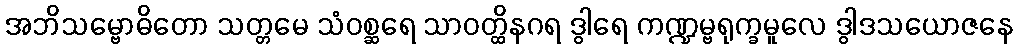
အဘိသမ္ဗောဓိတော သတ္တမေ သံဝစ္ဆရေ သာဝတ္ထိနဂရ ဒွါရေ ကဏ္ဍမ္ဗရုက္ခမူလေ ဒွါဒသယောဇနေ